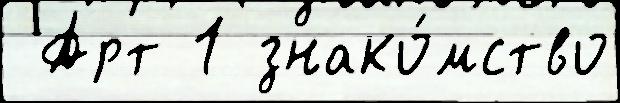
 Арт 1 знако́мство